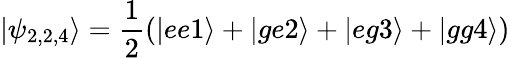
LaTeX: |\psi_{2,2,4}\rangle=\frac{1}{2}(|ee1\rangle+|ge2\rangle+|eg3\rangle+|gg4\rangle)